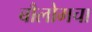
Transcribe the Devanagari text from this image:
बौलोमचा